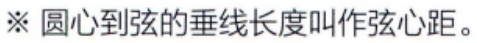
※ 圆心到弦的垂线长度叫作弦心距。